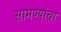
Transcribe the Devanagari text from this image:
सामण्यांचा